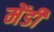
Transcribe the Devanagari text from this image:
मेंडी